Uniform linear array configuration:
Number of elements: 24
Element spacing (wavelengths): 0.75
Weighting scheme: kaiser
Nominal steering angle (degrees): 45
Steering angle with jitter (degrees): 43.404
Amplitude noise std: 0.05
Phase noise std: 0.05

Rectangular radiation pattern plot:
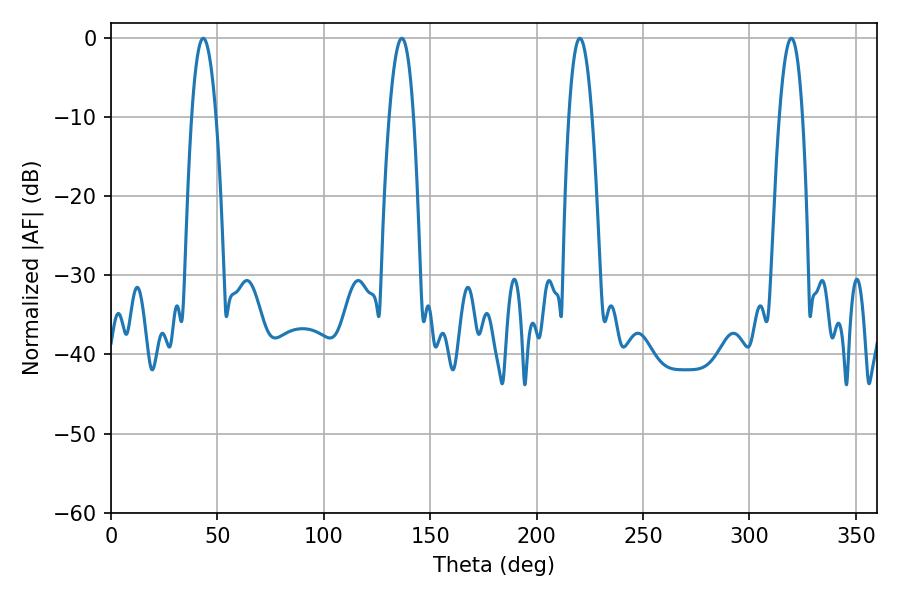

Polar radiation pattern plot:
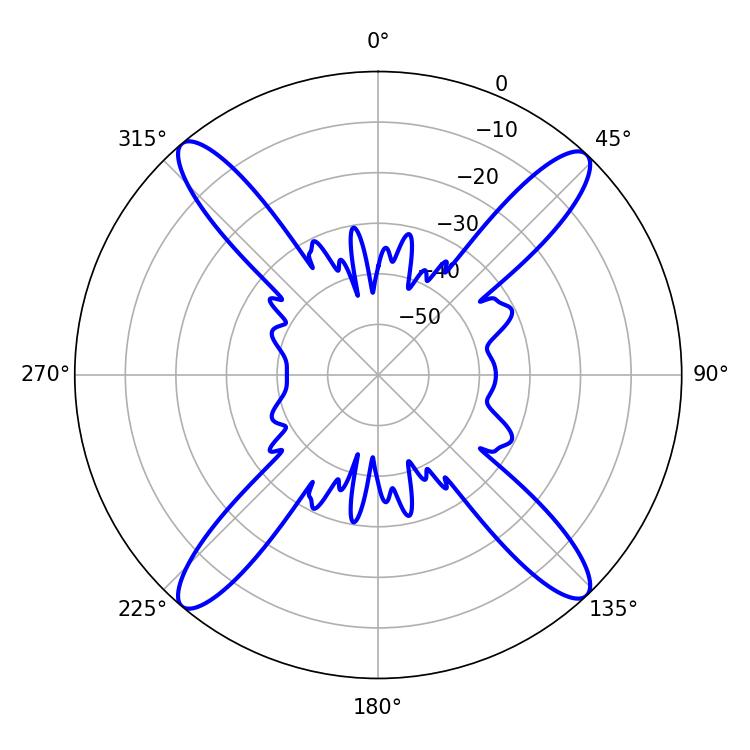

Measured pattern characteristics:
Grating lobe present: TRUE
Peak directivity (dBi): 20.775
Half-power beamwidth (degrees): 5.94
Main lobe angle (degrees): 220.32